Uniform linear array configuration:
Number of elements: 8
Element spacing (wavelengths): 0.75
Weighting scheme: cosine
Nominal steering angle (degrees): -30
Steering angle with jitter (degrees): -30.033
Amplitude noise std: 0.05
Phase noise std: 0.05

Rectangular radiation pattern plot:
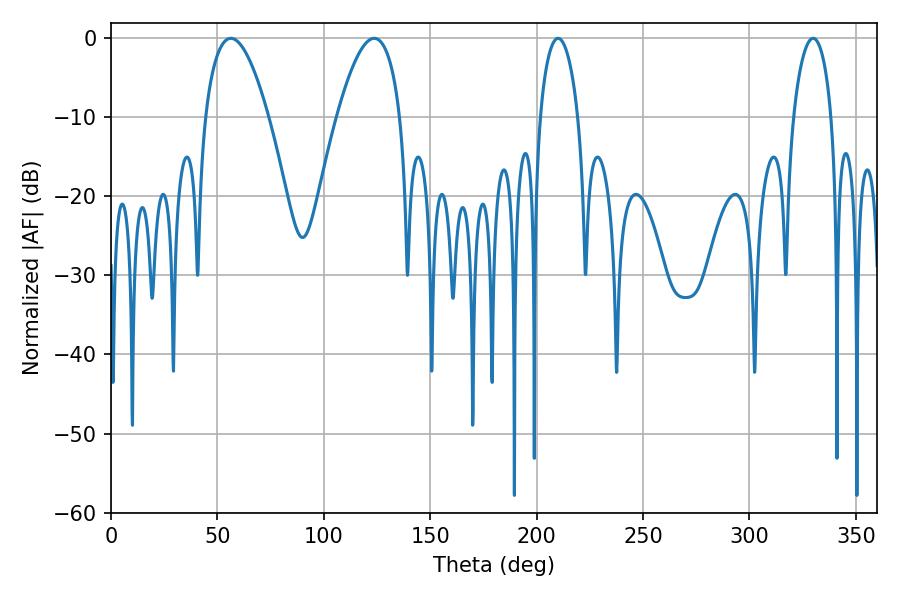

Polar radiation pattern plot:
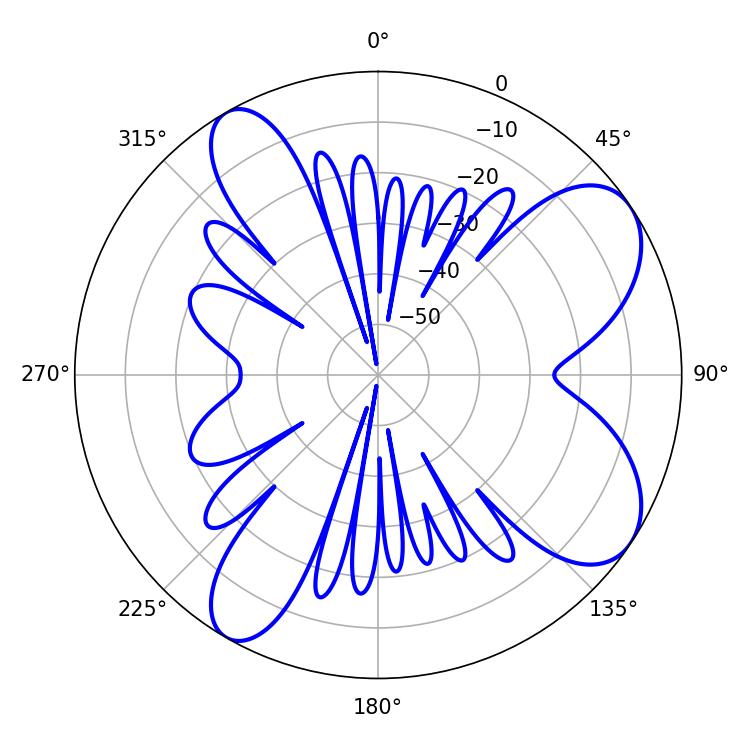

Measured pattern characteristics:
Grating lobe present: TRUE
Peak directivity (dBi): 7.937
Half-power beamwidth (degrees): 16.38
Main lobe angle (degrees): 56.34